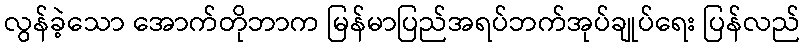
လွန်ခဲ့သော အောက်တိုဘာက မြန်မာပြည်အရပ်ဘက်အုပ်ချုပ်ရေး ပြန်လည်